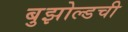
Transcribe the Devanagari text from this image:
बुझोल्डची